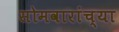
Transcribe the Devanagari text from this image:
सोमवारांच्या